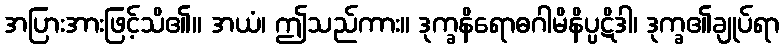
အပြားအားဖြင့်သိ၏။ အယံ၊ ဤသည်ကား။ ဒုက္ခနိရောဓဂါမိနိပ္ပဋိဒါ၊ ဒုက္ခ၏ချုပ်ရာ